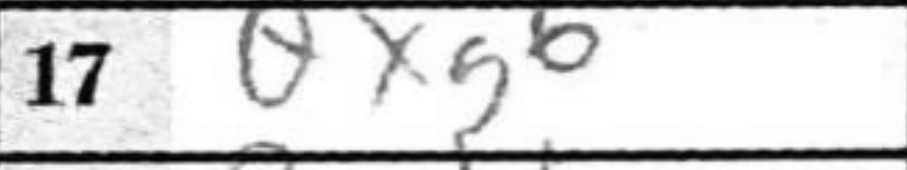
Transcription: Qxg6